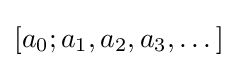
[a_{0};a_{1},a_{2},a_{3},\dots ]